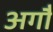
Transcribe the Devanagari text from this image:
अगौ